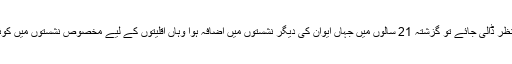
لیکن اگر ایک طائرانہ نظر ڈالی جائے تو گزشتہ 21 سالوں میں جہاں ایوان کی دیگر نشستوں میں اضافہ ہوا وہاں اقلیتوں کے لیے مخصوص نشستوں میں کوئی ردوبدل نہیں کیا گیا۔